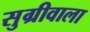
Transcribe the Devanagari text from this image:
सुग्रीवाला